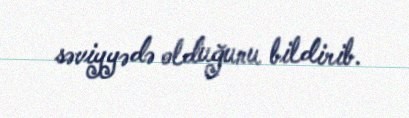
səviyyədə olduğunu bildirib.